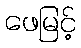
ဖေမြင့်